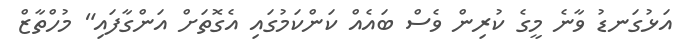
އަޅުގަނޑު ވާނެ މީގެ ކުރިން ވެސް ބައެއް ކަންކަމުގައި އެގޮތަށް އަންގާފައި" މުހްތާޒް